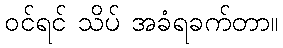
ဝင်ရင် သိပ် အခံရခက်တာ။